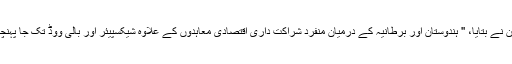
کیمرون نے بتایا، '' ہندوستان اور برطانیہ کے درمیان منفرد شراکت داری اقتصادی معاہدوں کے علاوہ شیکسپیئر اور بالی ووڈ تک جا پہنچی ہے۔